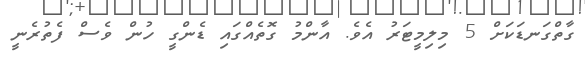
ގާތްގަނޑަކަށް 5 މިލިމީޓަރު އެވެ. އާންމު ގޮތެއްގައި ޑެންގީ ހުން ވެސް ފެތުރެނީ